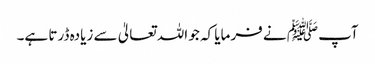
آپﷺ نے فرمایا کہ جو اللہ تعالیٰ سے زیادہ ڈرتا ہے۔